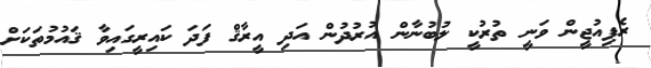
ރެފިއުޖީން ވަނީ ތުރުކީ ލުބުނާން އުރުދުން އަދި އީރާޤް ފަދަ ކައިރީގައިވާ ޤައުމުތަކަށް